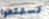
تستمتعوا